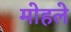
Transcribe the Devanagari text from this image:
माेहले